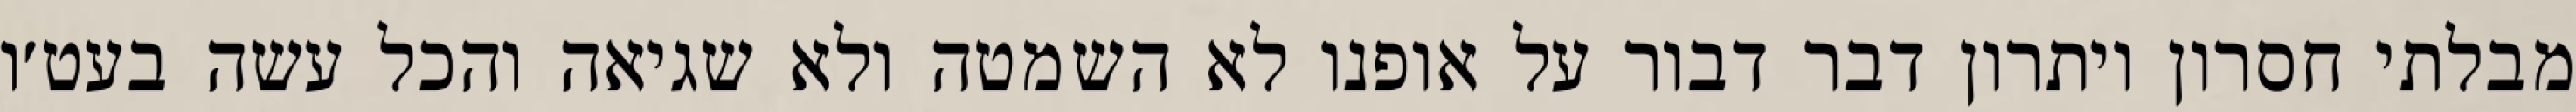
מבלתי חסרון ויתרון דבר דבור על אופנו לא השמטה ולא שגיאה והכל עשה בעט׳ו